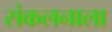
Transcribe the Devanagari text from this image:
संकलनाला